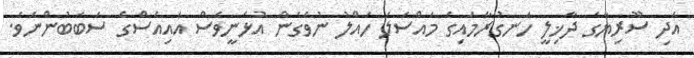
އަދި ސޫރިޔާގެ ދާޚިލީ ހަނގުރާމައިގެ މައްސަލަ ހައްލު ނުވެގެން އުޅެނީވެސް އައިއެސްގެ ސަބަބުންނެވެ.